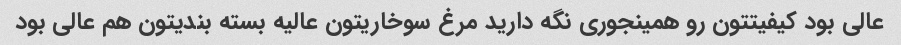
عالی بود کیفیتتون رو همینجوری نگه دارید مرغ سوخاریتون عالیه بسته بندیتون هم عالی بود